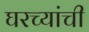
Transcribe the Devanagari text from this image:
घरच्यांची